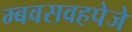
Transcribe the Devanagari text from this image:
म्बवसवहपेजे